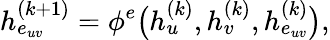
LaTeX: h_{e_{uv}}^{(k+1)}=\phi^{e}\big(h_{u}^{(k)},h_{v}^{(k)},h_{e_{uv}}^{(k)}\big),